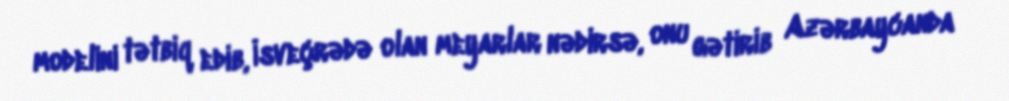
modelini tətbiq edib, İsveçrədə olan meyarlar nədirsə, onu gətirib Azərbaycanda